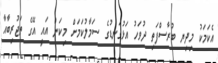
އެކަމަކު މިދިޔ ބުރާސްފަތި ދުވަހު އަޅުގަނޑުގެ ސަމާލުކަމަށް މިކަން އައީ އޭގެ ތަޖުރިބާއާ